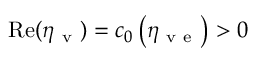
\mathrm { R e } ( \eta _ { \mathrm { ~ v ~ } } ) = c _ { 0 } \left( \eta _ { \mathrm { ~ v ~ e ~ } } \right) > 0